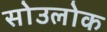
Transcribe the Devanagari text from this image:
सोउलोक